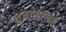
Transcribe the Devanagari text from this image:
शुमाखरलाही